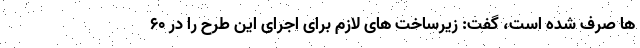
ها صرف شده است، گفت: زیرساخت های لازم برای اجرای این طرح را در ۶۰